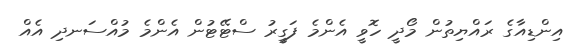
އިންޑިއާގެ ރައްޔިތުން މޯދީ ހޮވީ އެންމެ ފަގީރު ސްޓޭޓުން އެންމެ މުއްސަނދި އެއް